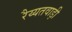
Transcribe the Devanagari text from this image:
रैय्यतवाड़ी